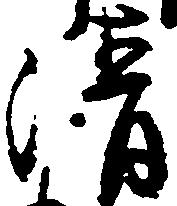
清